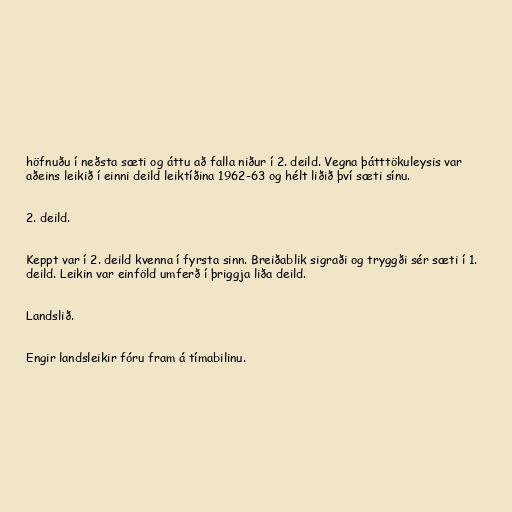
höfnuðu í neðsta sæti og áttu að falla niður í 2. deild. Vegna þátttökuleysis var
aðeins leikið í einni deild leiktíðina 1962-63 og hélt liðið því sæti sínu.

2. deild.

Keppt var í 2. deild kvenna í fyrsta sinn. Breiðablik sigraði og tryggði sér sæti í 1.
deild. Leikin var einföld umferð í þriggja liða deild.

Landslið.

Engir landsleikir fóru fram á tímabilinu.